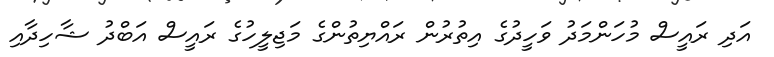
އަދި ރައީސް މުހަންމަދު ވަހީދުގެ އިތުރުން ރައްޔިތުންގެ މަޖިލީހުގެ ރައީސް އަބްދު ޝާހިދާއި